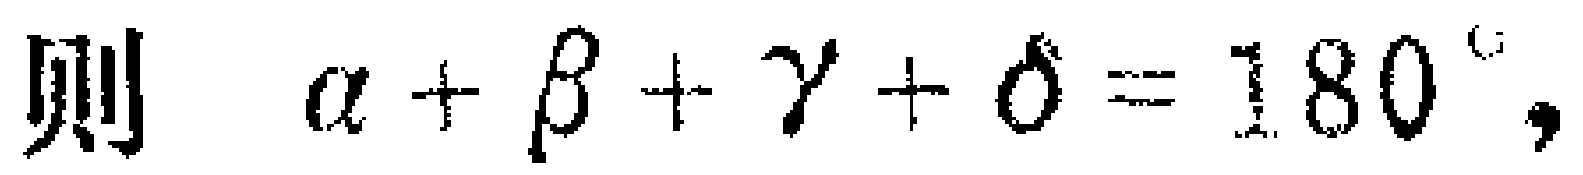
则 $\alpha+\beta+\gamma+\delta = 180^{\circ},$